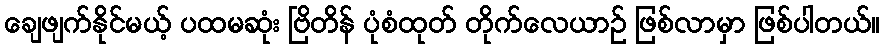
ချေဖျက်နိုင်မယ့် ပထမဆုံး ဗြိတိန် ပုံစံထုတ် တိုက်လေယာဉ် ဖြစ်လာမှာ ဖြစ်ပါတယ်။